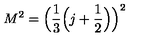
M ^ { 2 } = { \Big ( } { \frac { 1 } { 3 } } { \Big ( } j + { \frac { 1 } { 2 } } { \Big ) } { \Big ) } ^ { 2 }